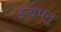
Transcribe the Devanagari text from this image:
इन्द्रधनु